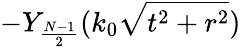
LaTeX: -Y_{\frac{N-1}{2}}(k_{0}\sqrt{t^{2}+r^{2}})